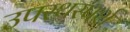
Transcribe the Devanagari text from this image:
उपस्थस्पर्श